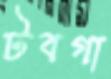
টবগা